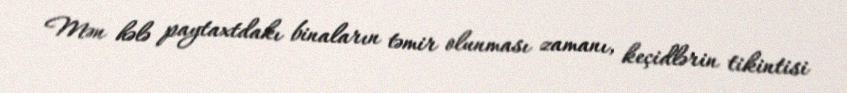
Mən hələ paytaxtdakı binaların təmir olunması zamanı, keçidlərin tikintisi